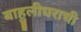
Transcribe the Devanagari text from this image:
बाहुलीघराची